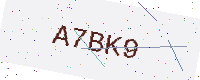
Text: A7BK9